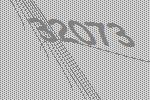
32073